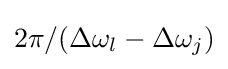
2\pi /(\Delta \omega _{l}-\Delta \omega _{j})